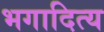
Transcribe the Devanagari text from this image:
भगादित्य